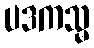
ပဒကသ္မ